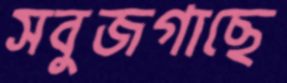
সবুজগাছে